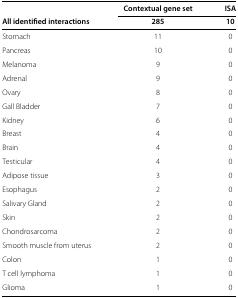
|  | Contextual gene set | ISA |
 | All identified interactions | 285 | 10 |
 | --- | --- | --- |
 | Stomach | 11 | 0 |
 | Pancreas | 10 | 0 |
 | Melanoma | 9 | 0 |
 | Adrenal | 9 | 0 |
 | Ovary | 8 | 0 |
 | Gall Bladder | 7 | 0 |
 | Kidney | 6 | 0 |
 | Breast | 4 | 0 |
 | Brain | 4 | 0 |
 | Testicular | 4 | 0 |
 | Adipose tissue | 3 | 0 |
 | Esophagus | 2 | 0 |
 | Salivary Gland | 2 | 0 |
 | Skin | 2 | 0 |
 | Chondrosarcoma | 2 | 0 |
 | Smooth muscle from uterus | 2 | 0 |
 | Colon | 1 | 0 |
 | T cell lymphoma | 1 | 0 |
 | Glioma | 1 | 0 |